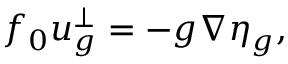
f _ { 0 } u _ { g } ^ { \perp } = - g \nabla \eta _ { g } ,